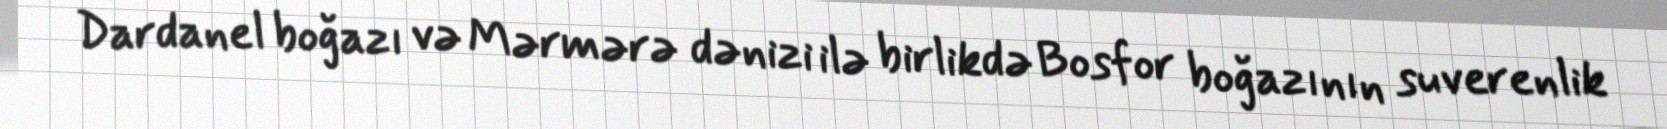
Dardanel boğazı və Mərmərə dənizi ilə birlikdə Bosfor boğazının suverenlik